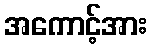
အကောင့်အား